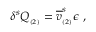
\delta ^ { s } Q _ { _ { ( 2 ) } } = \overline { { { v } } } _ { _ { ( 2 ) } } ^ { s } \epsilon \; ,